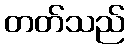
တတ်သည်